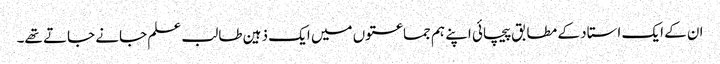
ان کے ایک استاد کے مطابق پیچائی اپنے ہم جماعتوں میں ایک ذہین طالب علم جانے جاتے تھے۔